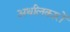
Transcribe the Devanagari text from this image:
अर्थांलकारों